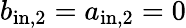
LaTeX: b_{\mathrm{in,2}}=a_{\mathrm{in,2}}=0